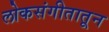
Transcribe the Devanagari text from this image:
लोकसंगीतातून